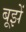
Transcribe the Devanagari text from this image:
बूझें